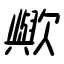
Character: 歟